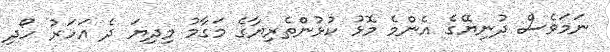
ނަމަވެސް ދުނިޔޭގެ އެންމެ މޮޅު ކުޅުންތެރިޔާގެ މަގާމު މިދިޔަ ދެ އަހަރު ހޯދި